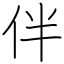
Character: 伴